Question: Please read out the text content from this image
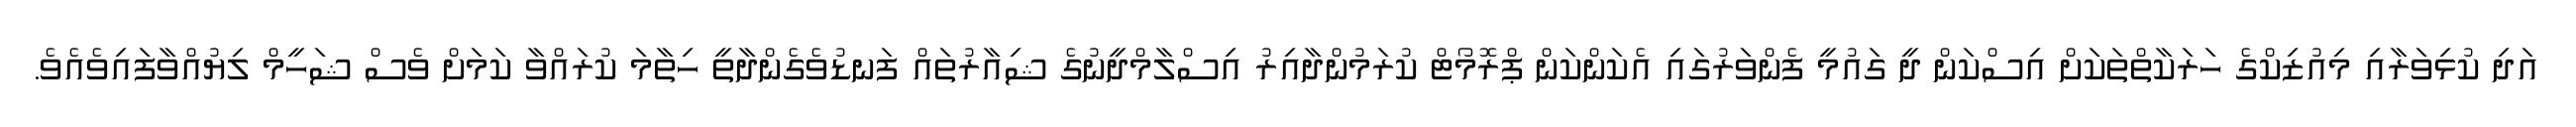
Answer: އަދި ކުޅިވަރާއި މިއުޒިކްގެ ހަރަކާތްތަކަށް އިސްކަން ދީ ގައުމީ ފެންވަރުގައި އެކަންކަން ޕްރޮމޯޓް ކުރަމުންދާއިރު އިސްލާމްދީނުގެ ޝިއާރުތައް ފަނޑުވެގެންދާތީ ހިތާމަ ކުރައްވާ ކަމަށް ވެސް ޝަހީމް ލިޔުއްވާފައިވެއެވެ.